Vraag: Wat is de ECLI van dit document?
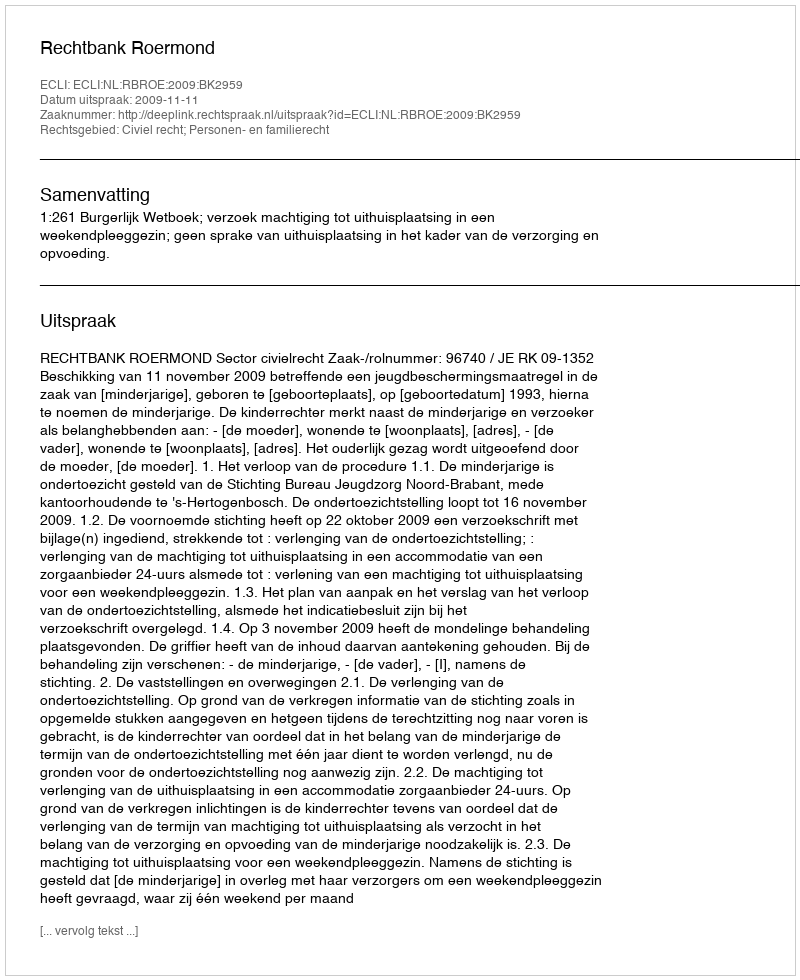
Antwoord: ECLI:NL:RBROE:2009:BK2959